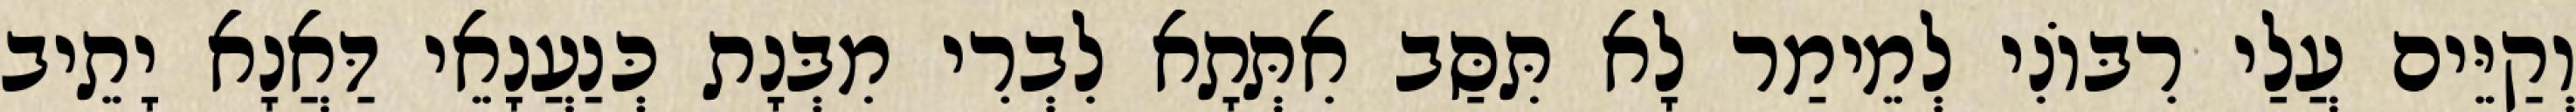
וְקַיֵּים עֲלַי רִבּוֹנִי לְמֵימַר לָא תִּסַּב אִתְּתָא לִבְרִי מִבְּנָת כְּנַעֲנָאֵי דַּאֲנָא יָתֵיב